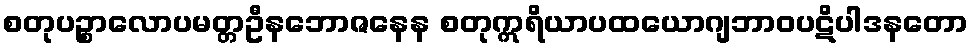
စတုပဉ္စာလောပမတ္တဦနဘောဇနေန စတုဣရိယာပထယောဂျဘာဝပဋိပါဒနတော